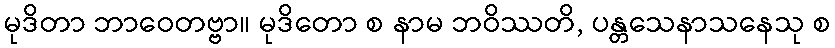
မုဒိတာ ဘာဝေတဗ္ဗာ။ မုဒိတော စ နာမ ဘဝိဿတိ, ပန္တသေနာသနေသု စ